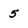
Character: 5